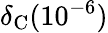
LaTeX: \delta_{\mathrm{C}}(10^{-6})